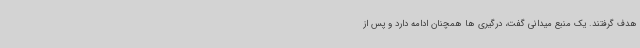
هدف گرفتند. یک منبع میدانی گفت، درگیری ها همچنان ادامه دارد و پس از